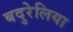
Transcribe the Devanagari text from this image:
बदुरेलिया